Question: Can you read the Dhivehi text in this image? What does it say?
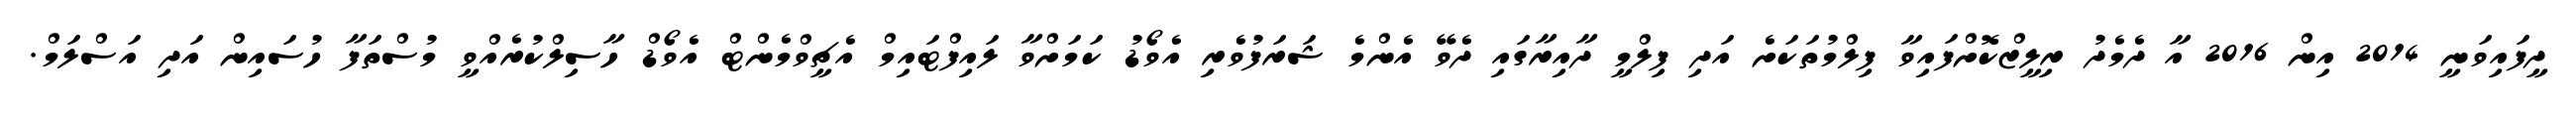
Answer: ދީފައިވަނީ 2014 އިން 2016 އާ ދެމެދު ރިލީޒްކޮށްފައިވާ ފިލްމުތަކަށެ އަދި ފިލްމީ ދާއިރާގައި ދެވޭ އެންމެ ޝަރަފުވެރި އެވޯޑު ކަމަށްވާ ލައިފްޓައިމް އެޗީވްމެންޓް އެވޯޑް ހާސިލްކުރެއްވީ މުސްތަފާ ހުސައިން އަދި އަސްލަމް.